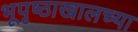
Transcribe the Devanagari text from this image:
भूपृष्ठाखालच्या